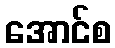
အောင်စ